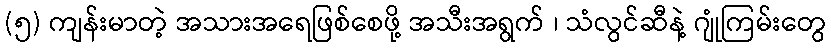
(၅) ကျန်းမာတဲ့ အသားအရေဖြစ်စေဖို့ အသီးအရွက် ၊ သံလွင်ဆီနဲ့ ဂျုံကြမ်းတွေ